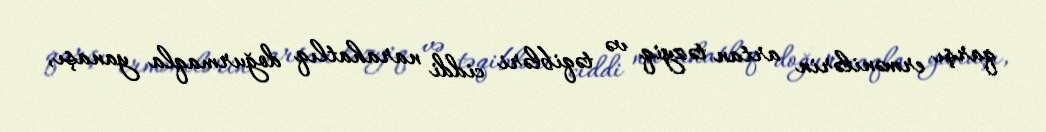
qarşı ermənilərin artan təzyiq və təqibləri ciddi narahatlıq doğurmaqla yanaşı,